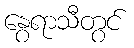
နွေရာသီတွင်